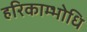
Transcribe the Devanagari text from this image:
हरिकाम्भोधि